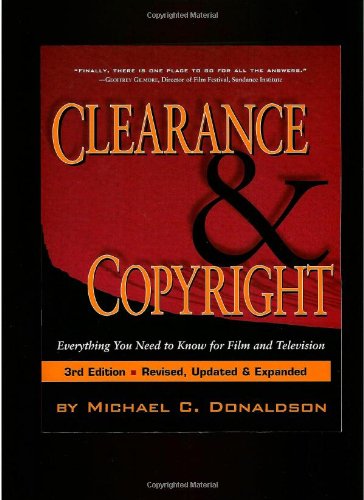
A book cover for Clearance & Copyright: Everything You Need to Know for Film and Television; Michael C. Donaldson; Law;